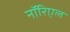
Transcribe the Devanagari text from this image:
नॉरिएल